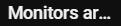
Monitors ar...